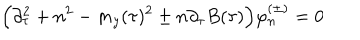
LaTeX: \Big ( \partial _ { \tau } ^ { 2 } + n ^ { 2 } - m _ { y } ( \tau ) ^ { 2 } \pm n \partial _ { \tau } B ( \tau ) \Big ) \varphi _ { n } ^ { ( \pm ) } = 0